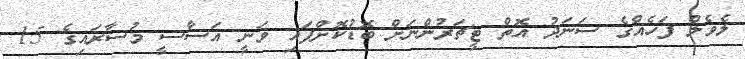
ލެވެލް ފަހެއްގެ ސަނަދު އޮތް ޓީޗަރުންނަށް ބޮޑުކޮށްފައި ވަނީ އަސާސީ މުސާރައިގެ 15